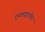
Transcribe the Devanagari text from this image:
एनलाइटमेंट